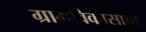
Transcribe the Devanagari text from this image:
ग्रामविकासाचा